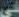
في